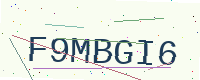
Text: F9MBGI6